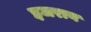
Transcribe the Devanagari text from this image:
इजराय